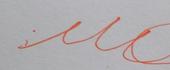
Signature authenticity: forged